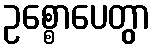
ဥစ္စောပေတွာ